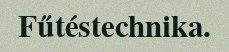
Fűtéstechnika.